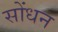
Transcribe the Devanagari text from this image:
सोंधन